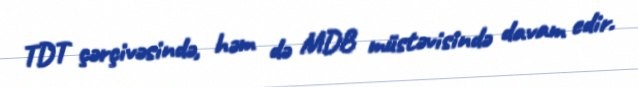
TDT çərçivəsində, həm də MDB müstəvisində davam edir.